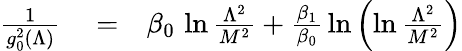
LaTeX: \begin{array}{rlr}{{\frac{1}{g_{0}^{2}(\Lambda)}}}&{{}=}&{\beta_{0}\, \ln{\frac{\Lambda^{2}}{M^{2}}}+{\frac{\beta_{1}}{\beta_{0}}}\ln\left(\ln{\frac{\Lambda^{2}}{M^{2}}}\right)}\end{array}